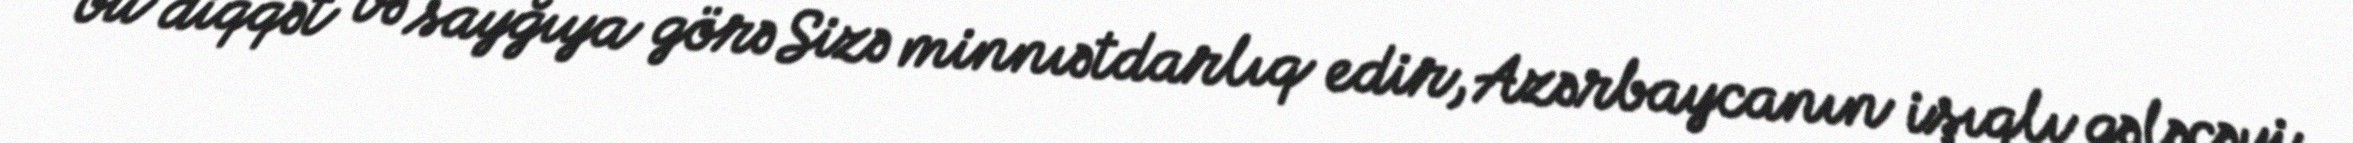
bu diqqət və sayğıya görə Sizə minnıətdarlıq edir, Azərbaycanın işıqlı gələcəyi